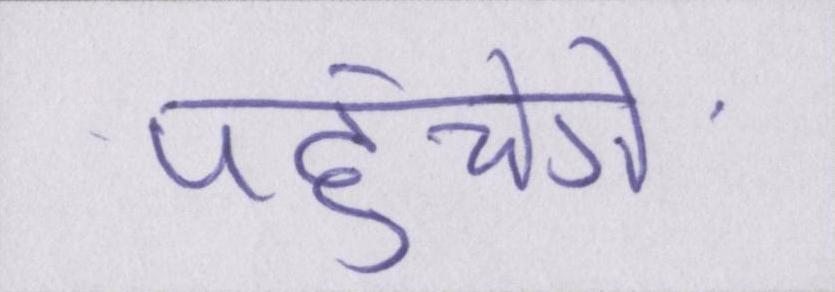
पहुंचेंगे।